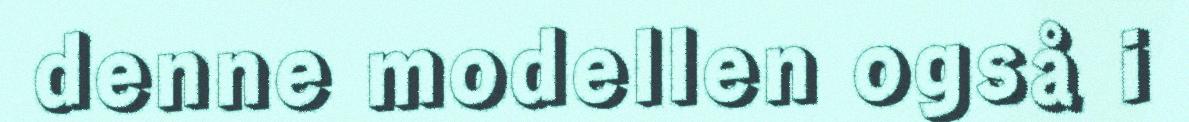
denne modellen også i